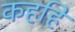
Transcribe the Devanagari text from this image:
कहहिं